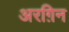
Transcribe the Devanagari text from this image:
अरग़िन